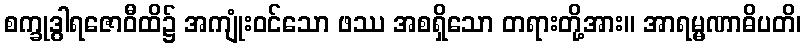
စက္ခုဒွါရဇောဝီထိ၌ အကျုံးဝင်သော ဖဿ အစရှိသော တရားတို့အား။ အာရမ္မဏာဓိပတိ၊